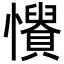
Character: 𢤳